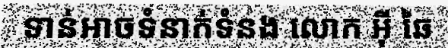
ទាន់អាចទំនាក់ទំនង លោក អ៊ី ឆៃ